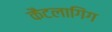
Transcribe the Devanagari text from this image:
कैटलागिंग